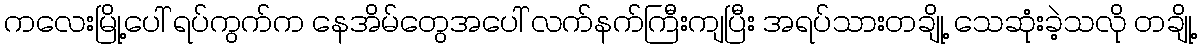
ကလေးမြို့ပေါ် ရပ်ကွက်က နေအိမ်တွေအပေါ် လက်နက်ကြီးကျပြီး အရပ်သားတချို့ သေဆုံးခဲ့သလို တချို့